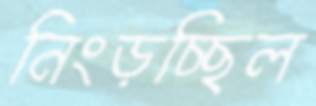
নিংড়চ্ছিল